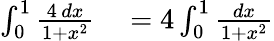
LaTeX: \begin{array}{rl}{\int_{0}^{1}{\frac{4\, dx}{1+x^{2}}}}&{{}=4\int_{0}^{1}{\frac{dx}{1+x^{2}}}}\end{array}